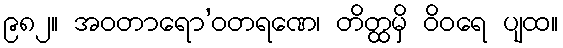
၉၈၂။ အဝတာရော’ဝတရဏေ၊ တိတ္ထမှိ ဝိဝရေ ပျထ။